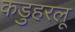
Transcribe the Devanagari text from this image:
कडुहरलू